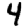
Digit: 4